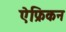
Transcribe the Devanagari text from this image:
ऐफ्रिकन